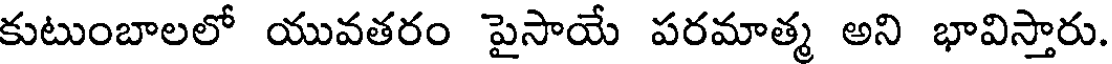
కుటుంబాలలో యువతరం పైసాయే పరమాత్మ అని భావిస్తారు.